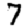
Digit: 7